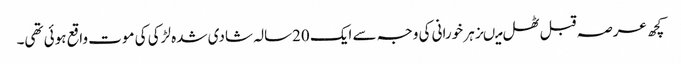
کچھ عرصہ قبل ٹھل میںزہر خورانی کی وجہ سے ایک 20سالہ شادی شدہ لڑکی کی موت واقع ہوئی تھی۔